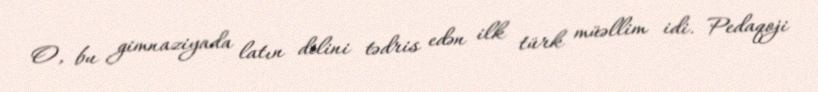
O, bu gimnaziyada latın dilini tədris edən ilk türk müəllim idi. Pedaqoji